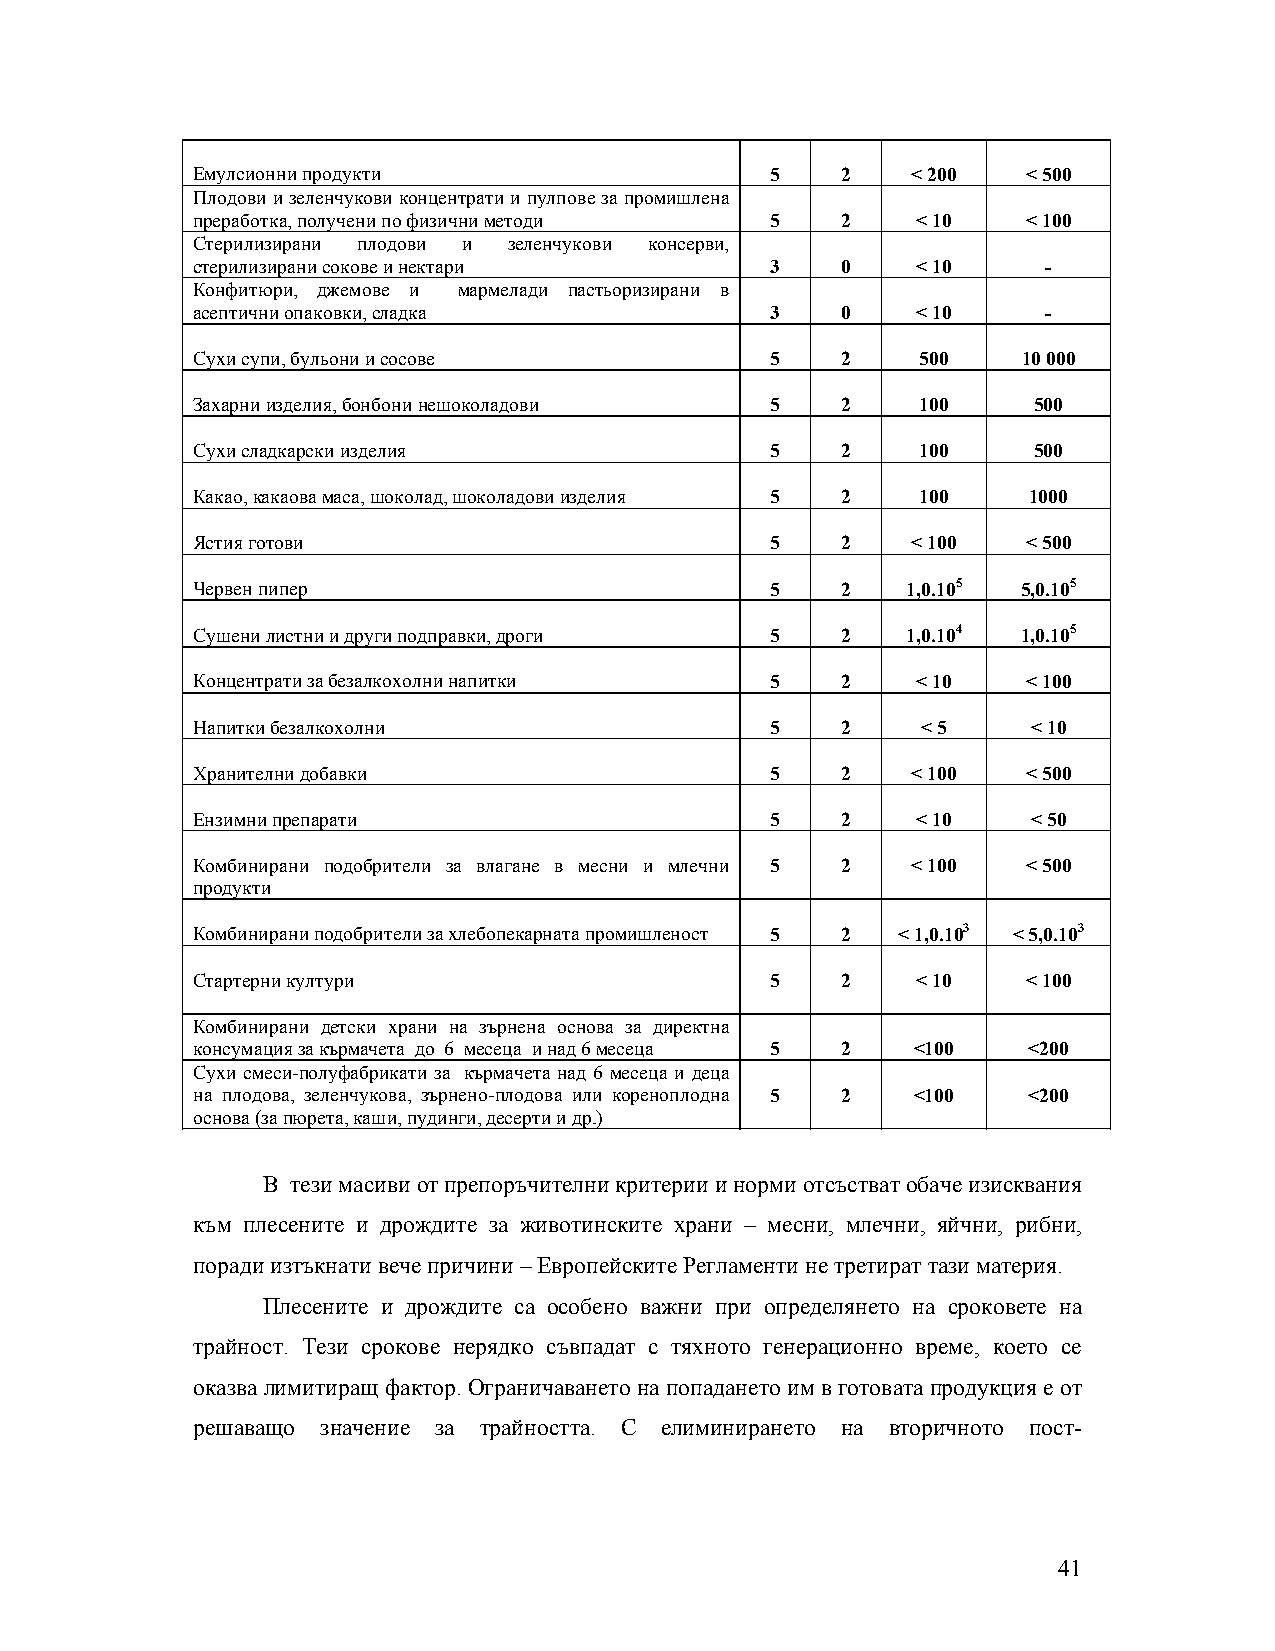
Емулсионни продукти                   5    2   < 200   < 500
 Плодови и зеленчукови концентрати и пулпове за промишлена
 преработка, получени по физични методи 5   2    < 10   < 100
 Стерилизирани плодови и зеленчукови консерви,
 стерилизирани сокове и нектари        3    0    < 10    -
 Конфитюри, джемове и мармелади пастьоризирани в
 асептични опаковки, сладка            3    0    < 10    -
 Сухи супи, бульони и сосове           5    2    500    10 000
 Захарни изделия, бонбони нешоколадови 5    2    100    500
 Сухи сладкарски изделия               5    2    100    500
 Какао, какаова маса, шоколад, шоколадови изделия 5 2 100 1000
 Ястия готови                          5    2   < 100   < 500
 Червен пипер                          5    2   1,0.105 5,0.105
 Сушени листни и други подправки, дроги 5   2   1,0.104 1,0.105
 Концентрати за безалкохолни напитки   5    2    < 10   < 100
 Напитки безалкохолни                  5    2    < 5    < 10
 Хранителни добавки                    5    2   < 100   < 500
 Ензимни препарати                     5    2    < 10   < 50
 Комбинирани подобрители за влагане в месни и млечни 5 2 < 100 < 500
 продукти
 Комбинирани подобрители за хлебопекарната промишленост 5 2 < 1,0.103 < 5,0.103
 Стартерни култури                     5    2    < 10   < 100
 Комбинирани детски храни на зърнена основа за директна
 консумация за кърмачета до 6 месеца и над 6 месеца 5 2 <100 <200
 Сухи смеси-полуфабрикати за кърмачета над 6 месеца и деца
 на плодова, зеленчукова, зърнено-плодова или кореноплодна 5 2 <100 <200
 основа (за пюрета, каши, пудинги, десерти и др.)
 В тези масиви от препоръчителни критерии и норми отсъстват обаче изисквания
 към плесените и дрождите за животинските храни – месни, млечни, яйчни, рибни,
 поради изтъкнати вече причини – Европейските Регламенти не третират тази материя.
 Плесените и дрождите са особено важни при определянето на сроковете на
 трайност. Тези срокове нерядко съвпадат с тяхното генерационно време, което се
 оказва лимитиращ фактор. Ограничаването на попадането им в готовата продукция е от
 решаващо значение за трайността. С елиминирането на вторичното пост-
 41